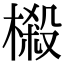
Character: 樧